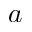
a